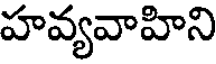
హవ్యవాహిని